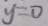
y = 0